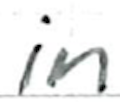
Text: in
Cross-out: clean
Writing tool: ballpoint